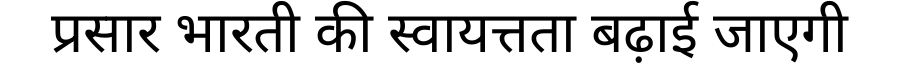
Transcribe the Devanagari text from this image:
प्रसार भारती की स्वायत्तता बढ़ाई जाएगी